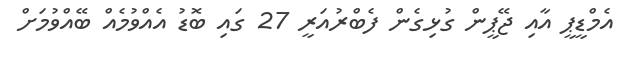
އެމްޑީޕީ އާއި ޖޭޕީން ގުޅިގެން ފެބްރުއަރީ 27 ގައި ބޮޑު އެއްވުމެއް ބޭއްވުމަށް